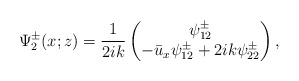
\begin{align*}\Psi^\pm_2(x;z)=\frac{1}{2ik}\begin{pmatrix}\psi^\pm_{12}\\-\bar{u}_x\psi^\pm_{12}+2ik\psi^\pm_{22}\end{pmatrix},\end{align*}